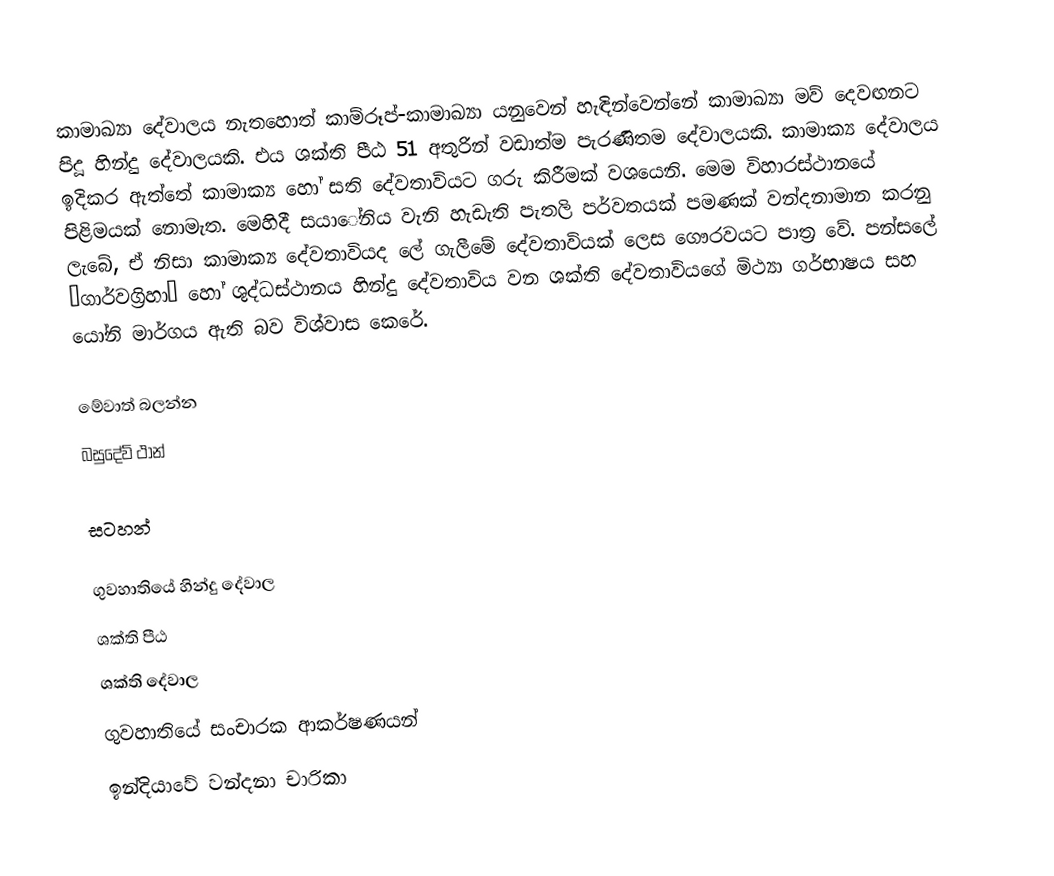
කාමාඛ්‍යා දේවාලය නැතහොත් කාම්රූප්-කාමාඛ්‍යා යනුවෙන් හැඳින්වෙන්නේ කාමාඛ්‍යා මව් දෙවඟනට පිදූ හින්දු දේවාලයකි. එය ශක්ති පීඨ 51 අතුරින් වඩාත්ම පැරණිතම දේවාලයකි.  කාමාක්‍ය දේවාලය ඉදිකර ඇත්තේ කාමාක්‍ය හෝ සති දේවතාවියට ​​ගරු කිරීමක් වශයෙනි. මෙම විහාරස්ථානයේ පිළිමයක් නොමැත. මෙහිදී සයාේනිය වැනි හැඩැති පැතලි පර්වතයක් පමණක් වන්දනාමාන කරනු ලැබේ, ඒ නිසා කාමාක්‍ය දේවතාවියද ලේ ගැලීමේ දේවතාවියක් ලෙස ගෞරවයට පාත්‍ර වේ. පන්සලේ ‘ගාර්වග්‍රිහා’ හෝ ශුද්ධස්ථානය හින්දු දේවතාවිය වන ශක්ති දේවතාවියගේ මිථ්‍යා ගර්භාෂය සහ යෝනි මාර්ගය ඇති බව විශ්වාස කෙරේ.

මේවාත් බලන්න
 බසුදේව් ථාන්

සටහන්

ගුවහාතියේ හින්දු දේවාල
ශක්ති පීඨ
ශක්ති දේවාල
ගුවහාතියේ සංචාරක ආකර්ෂණයන්
ඉන්දියාවේ වන්දනා චාරිකා